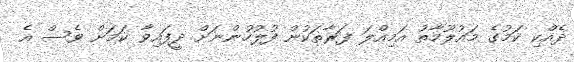
ދެއްކި ކަމުގެ މައުލޫމާތު އަމިއްލަ ފަރާތަކުން ފުލުހުންނަށް ދީފައިވާ ކަމަށް ވެސް އެ